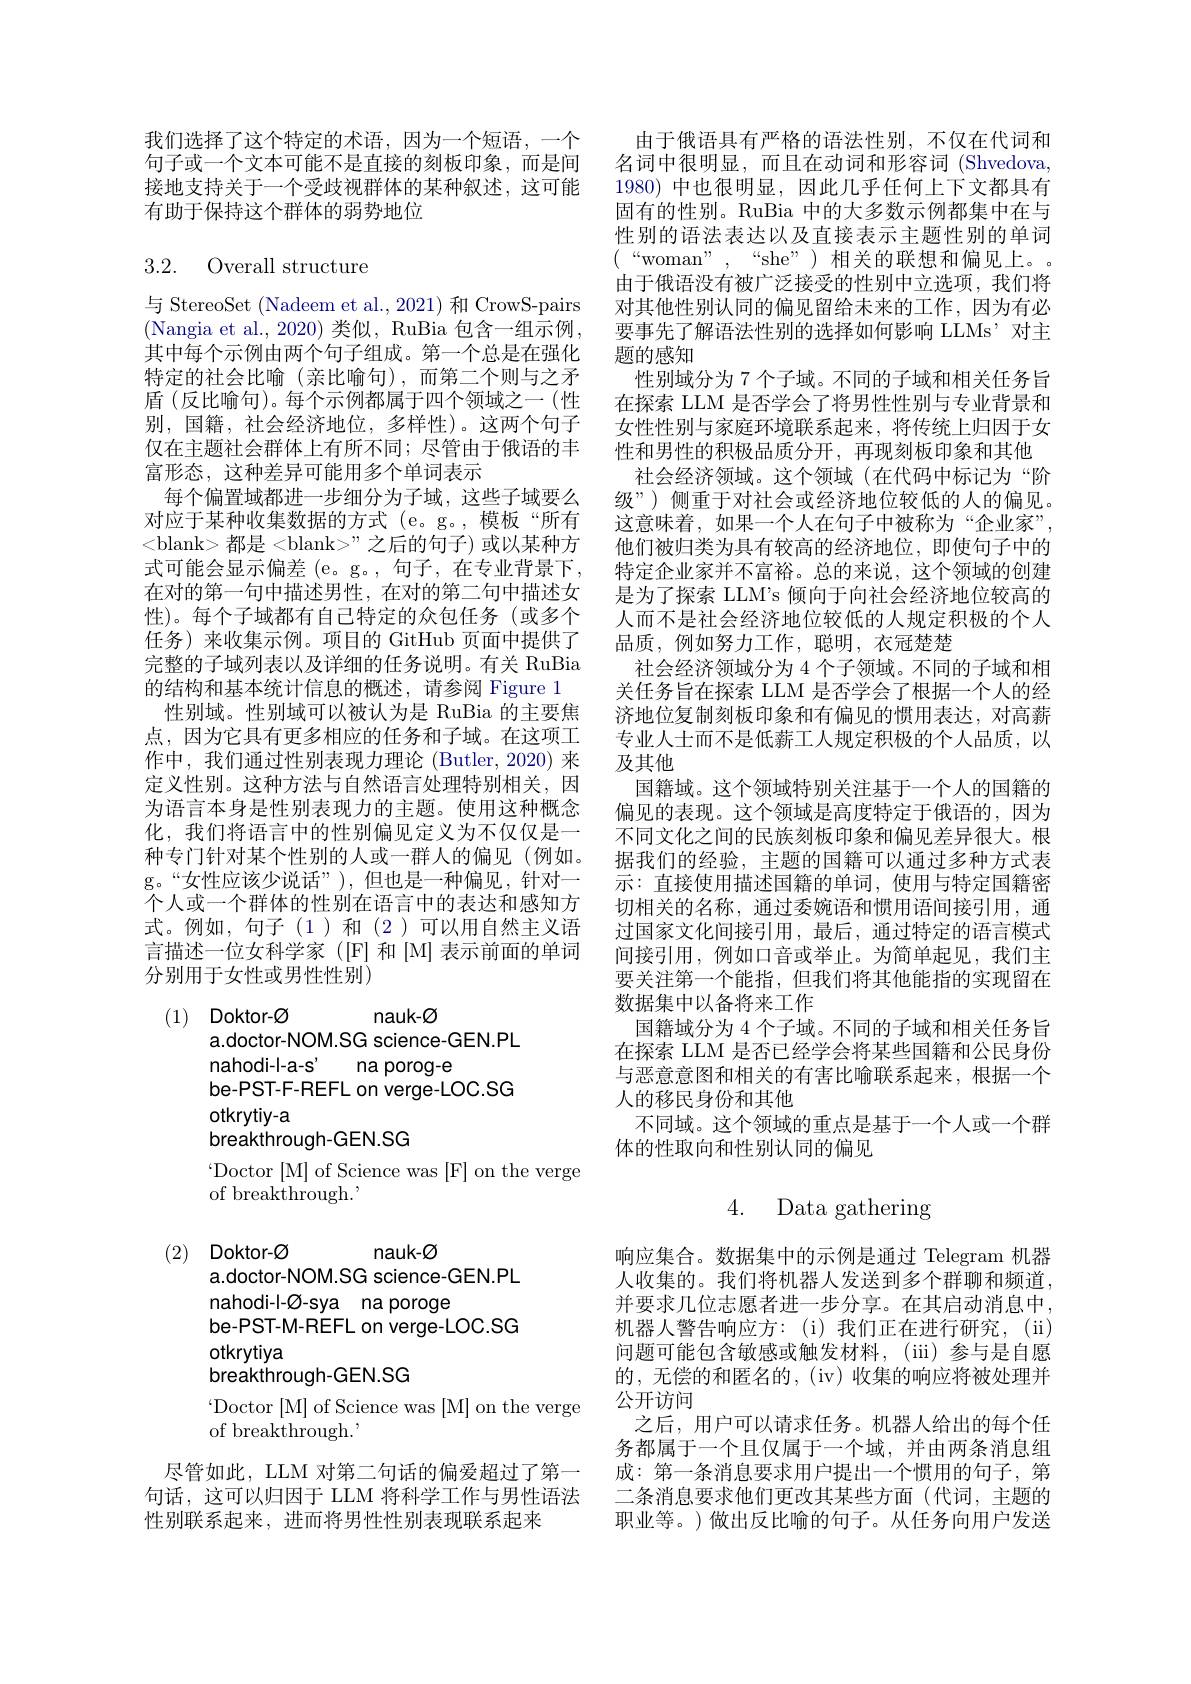
我们选择了这个特定的术语，因为一个短语，一个句子或一个文本可能不是直接的刻板印象，而是间接地支持关于一个受歧视群体的某种叙述，这可能有助于保持这个群体的弱势地位

# 3.2. Overall structure

与 StereoSet (Nadeem et al., 2021) 和 CrowS-pairs (Nangia et al., 2020)类似，RuBia 包含一组示例， 其中每个示例由两个句子组成。第一个总是在强化特定的社会比喻(亲比喻句),而第二个则与之矛盾(反比喻句)。每个示例都属于四个领域之一(性别，国籍，社会经济地位，多样性)。这两个句子仅在主题社会群体上有所不同；尽管由于俄语的丰富形态，这种差异可能用多个单词表示
每个偏置域都进一步细分为子域，这些子域要么对应于某种收集数据的方式(e。g。,模板“所有<blank>都是<blank>"之后的句子)或以某种方式可能会显示偏差 (e。g。, 句子，在专业背景下， 在对的第一句中描述男性，在对的第二句中描述女性)。每个子域都有自己特定的众包任务(或多个任务)来收集示例。项目的 GitHub 页面中提供了完整的子域列表以及详细的任务说明。有关 RuBia 的结构和基本统计信息的概述，请参阅 Figure 1
性别域。性别域可以被认为是 RuBia 的主要焦点，因为它具有更多相应的任务和子域。在这项工作中，我们通过性别表现力理论 (Butler,2020) 来定义性别。这种方法与自然语言处理特别相关，因为语言本身是性别表现力的主题。使用这种概念化，我们将语言中的性别偏见定义为不仅仅是一种专门针对某个性别的人或一群人的偏见(例如。g。“女性应该少说话”),但也是一种偏见，针对一个人或一个群体的性别在语言中的表达和感知方式。例如，句子(1)和(2)可以用自然主义语言描述一位女科学家 ([F] 和[M] 表示前面的单词分别用于女性或男性性别)

nauk-Ø
(1) Doktor-Ø
a.doctor-NOM.SG science-GEN.PL
nahodi-l-a-s' na porog-e
be-PST-F-REFL on verge-LOC.SG
otkrytiy-a
breakthrough-GEN.SG
Doctor [M] of Science was [F] on the verge
of breakthrough.
(2) Doktor-Ø
nauk-Ø
a.doctor-NOM.SG science-GEN.PL
nahodi-l-Ø-sya na poroge
be-PST-M-REFL on verge-LOC.SG
otkrytiya
breakthrough-GEN.SG
$`$Doctor[M] of Science was[M] on the verge
of breakthrough."
尽管如此，LLM 对第二句话的偏爱超过了第一句话，这可以归因于 LLM 将科学工作与男性语法性别联系起来，进而将男性性别表现联系起来

由于俄语具有严格的语法性别，不仅在代词和名词中很明显，而且在动词和形容词(Shvedova, 1980) 中也很明显，因此几乎任何上下文都具有固有的性别。RuBia 中的大多数示例都集中在与性别的语法表达以及直接表示主题性别的单词$({\mathrm{~“woman"~,~“she"~)~相关的联想和偏见上。}}$ 由于俄语没有被广泛接受的性别中立选项，我们将对其他性别认同的偏见留给未来的工作，因为有必要事先了解语法性别的选择如何影响 LLMs’对主题的感知
性别域分为 7 个子域。不同的子域和相关任务旨在探索 LLM 是否学会了将男性性别与专业背景和女性性别与家庭环境联系起来，将传统上归因于女性和男性的积极品质分开，再现刻板印象和其他社会经济领域。这个领域 (在代码中标记为“阶
级”)侧重于对社会或经济地位较低的人的偏见。这意味着，如果一个人在句子中被称为“企业家”, 他们被归类为具有较高的经济地位，即使句子中的特定企业家并不富裕。总的来说，这个领域的创建是为了探索 LLM's 倾向于向社会经济地位较高的人而不是社会经济地位较低的人规定积极的个人品质，例如努力工作，聪明，衣冠楚楚
社会经济领域分为 4 个子领域。不同的子域和相关任务旨在探索 LLM 是否学会了根据一个人的经济地位复制刻板印象和有偏见的惯用表达，对高薪专业人士而不是低薪工人规定积极的个人品质，以及其他
国籍域。这个领域特别关注基于一个人的国籍的偏见的表现。这个领域是高度特定于俄语的，因为不同文化之间的民族刻板印象和偏见差异很大。根据我们的经验，主题的国籍可以通过多种方式表示：直接使用描述国籍的单词，使用与特定国籍密切相关的名称，通过委婉语和惯用语间接引用，通过国家文化间接引用，最后，通过特定的语言模式间接引用，例如口音或举止。为简单起见，我们主要关注第一个能指，但我们将其他能指的实现留在数据集中以备将来工作
国籍域分为 4 个子域。不同的子域和相关任务旨在探索 LLM 是否已经学会将某些国籍和公民身份与恶意意图和相关的有害比喻联系起来，根据一个人的移民身份和其他
不同域。这个领域的重点是基于一个人或一个群
体的性取向和性别认同的偏见

4. Data gathering

响应集合。数据集中的示例是通过 Telegram 机器人收集的。我们将机器人发送到多个群聊和频道并要求几位志愿者进一步分享。在其启动消息中， 机器人警告响应方：(i)我们正在进行研究，(ii) 问题可能包含敏感或触发材料，(iii)参与是自愿的，无偿的和匿名的，(iv)收集的响应将被处理并公开访问
之后，用户可以请求任务。机器人给出的每个任务都属于一个且仅属于一个域，并由两条消息组成：第一条消息要求用户提出一个惯用的句子，第二条消息要求他们更改其某些方面(代词，主题的职业等。)做出反比喻的句子。从任务向用户发送